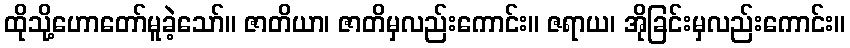
ထိုသို့ဟောတော်မူခဲ့သော်။ ဇာတိယာ၊ ဇာတိမှလည်းကောင်း။ ဇရာယ၊ အိုခြင်းမှလည်းကောင်း။